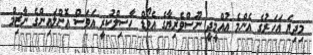
މިދިޔަ އަހަރުގެ އެންމެ އުއްމީދީ ނޫސްވެރިޔާގެ އެވޯޑް ހާސިލްކުރީ އަވަސް އޮންލައިންގެ ނާޒިމް